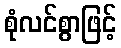
စုံလင်စွာဖြင့်